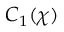
C _ { 1 } ( \chi )